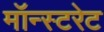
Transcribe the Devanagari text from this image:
मॉन्स्टरेट